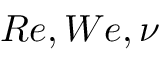
R e , W e , \nu